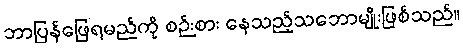
ဘာပြန်ဖြေရမည်ကို စဉ်းစား နေသည့်သဘောမျိုးဖြစ်သည်။